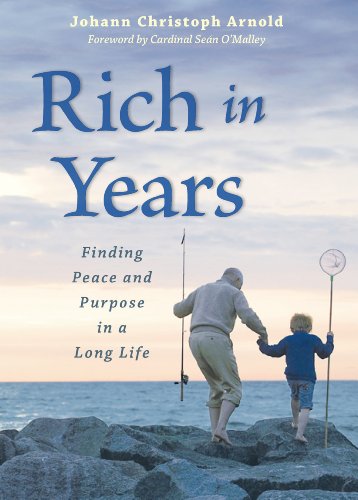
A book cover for Rich in Years: Finding Peace and Purpose in a Long Life; Johann Christoph Arnold; Parenting & Relationships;